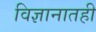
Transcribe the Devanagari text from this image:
विज्ञानातही